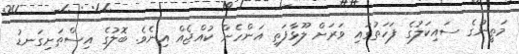
މަތީނުގެ ސައިކަލުގެ ފަހަތުގައި ވަރަށް ލޫޅާފަތި އަންހެން ކުއްޖެއް އިނެވެ. ބޮލުގެ އިސްތަށިގަނޑު